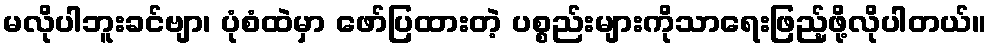
မလိုပါဘူးခင်ဗျာ၊ ပုံစံထဲမှာ ဖော်ပြထားတဲ့ ပစ္စည်းများကိုသာရေးဖြည့်ဖို့လိုပါတယ်။